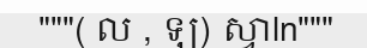
"""( ល , ឡ) ស្វាln"""